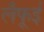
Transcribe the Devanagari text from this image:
लैफूई